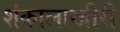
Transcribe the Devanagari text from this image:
शंकालाखीरी